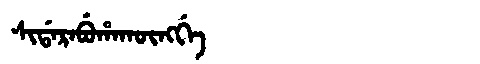
Manchu: ᠰᡳᡩᠠᡵᠠᠪᡠᡥᠠᡴᡡᠩᡤᡝ
Romanization: SIDARABUHAKŪNGGE